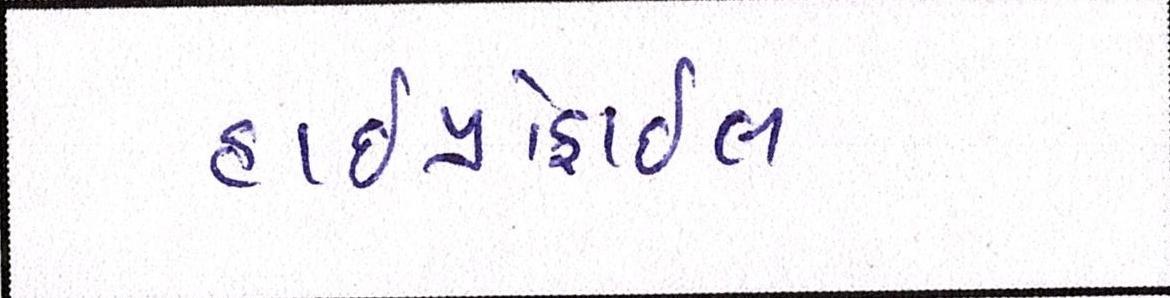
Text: હાઇપ્રોફાઇલ